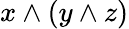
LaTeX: x\wedge(y\wedge z)